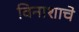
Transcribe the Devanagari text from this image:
विनाशाचे